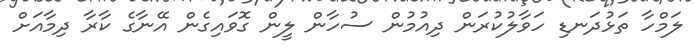
ލަމްހާ ތަޅުދަނޑި ހަވާލުކުރަން ދިއުމުން ސުހާން ލީން ގޮވައިގެން އޭނާގެ ކާރާ ދިމާއަށް